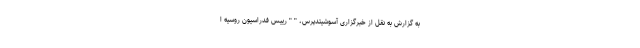
به گزارش به نقل از خبرگزاری آسوشیتدپرس، " " رییس فدراسیون روسیه ا